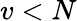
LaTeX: v<N